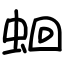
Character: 蛔